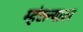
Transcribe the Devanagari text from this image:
म्हंटल्यावर